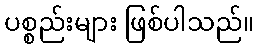
ပစ္စည်းများ ဖြစ်ပါသည်။